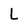
Character: L